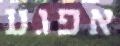
אפגע